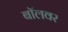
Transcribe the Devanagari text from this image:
बॉलवर